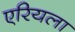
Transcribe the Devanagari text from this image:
एरियला